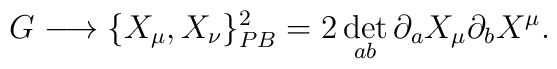
G\longrightarrow \{X_\mu ,X_\nu \}_{PB}^2= 2\det\limits_{ab}\partial _aX_\mu \partial _bX^\mu.